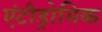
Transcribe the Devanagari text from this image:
एंटीड्रोमिक